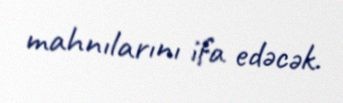
mahnılarını ifa edəcək.